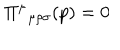
\Pi ^ { \mu } { } _ { \mu \rho \sigma } ( p ) = 0